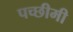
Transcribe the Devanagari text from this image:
पच्छीमी